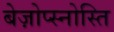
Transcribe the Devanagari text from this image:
बेज़ोप्स्नोस्ति